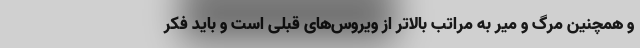
و همچنین مرگ و میر به مراتب بالاتر از ویروس‌‌های قبلی است و باید فکر